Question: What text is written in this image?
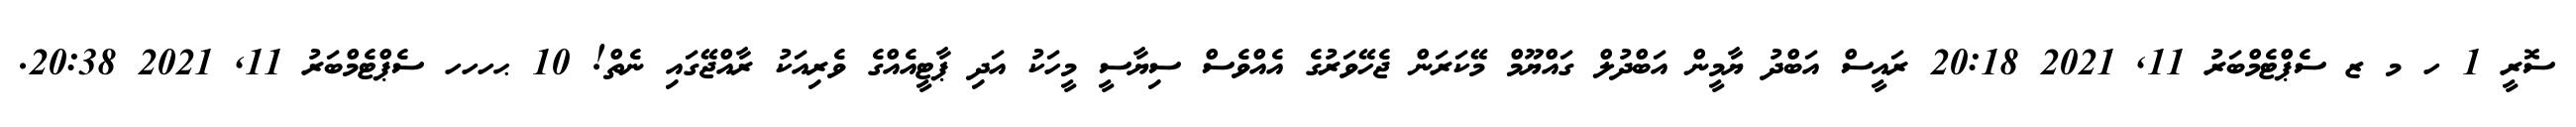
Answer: ސޮރީ 1 ހ މ ޒ ސެޕްޓެމްބަރު 11, 2021 20:18 ރައީސް އަބްދު ޔާމީން އަބްދުލް ގައްޔޫމް މޭކަރަން ޖެހޭވަރުގެ އެއްވެސް ސިޔާސީ މީހަކު އަދި ޕާޓީއެއްގެ ވެރިއަކު ރާއްޖޭގައި ނެތް! 10 ޙހހހ ސެޕްޓެމްބަރު 11, 2021 20:38.